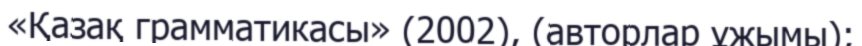
«Қазақ грамматикасы» (2002), (авторлар ұжымы);